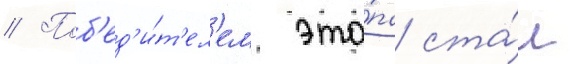
// Поб'ед'и́т'ел'ем эта́па ста́л